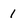
Character: 1